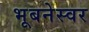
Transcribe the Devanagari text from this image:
भूबनेस्वर